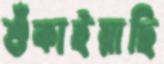
শুঁকাইয়াছি